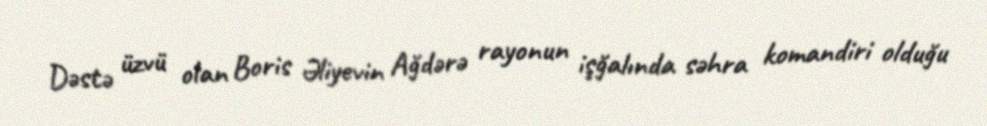
Dəstə üzvü olan Boris Əliyevin Ağdərə rayonun işğalında səhra komandiri olduğu